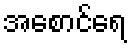
အစောင်ရေ